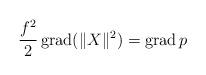
LaTeX: \begin{align*}\frac{f^{2}}{2}\operatorname{grad}(\|X\|^{2})=\operatorname{grad}p\end{align*}